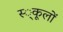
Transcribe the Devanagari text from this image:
स्‍्कूलों